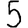
Digit: 5